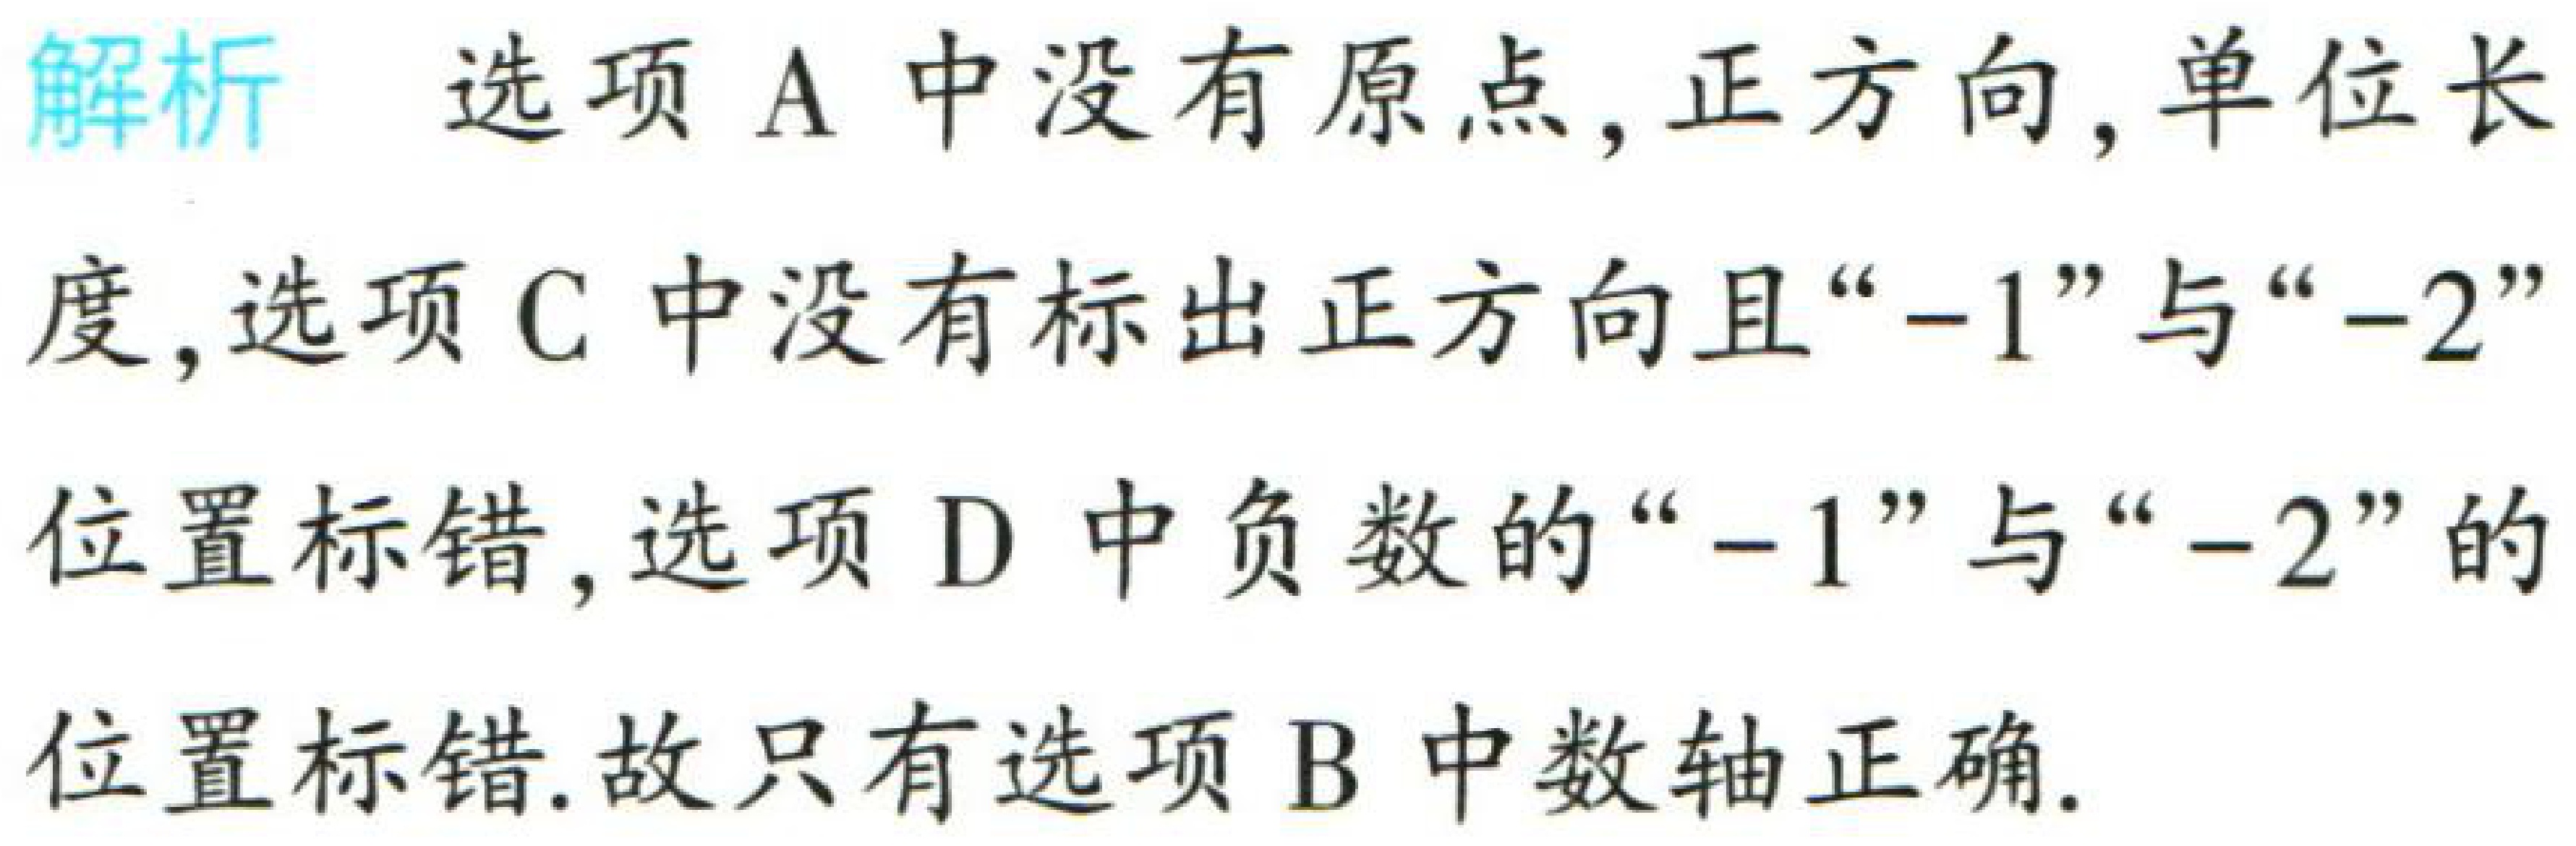
解析 选项A中没有原点,正方向,单位长度,选项C中没有标出正方向且“$-1$”与“$-2$”位置标错,选项D中负数的“$-1$”与“$-2$”的位置标错.故只有选项B中数轴正确.